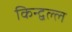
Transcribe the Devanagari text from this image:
किन्द्वल्ल